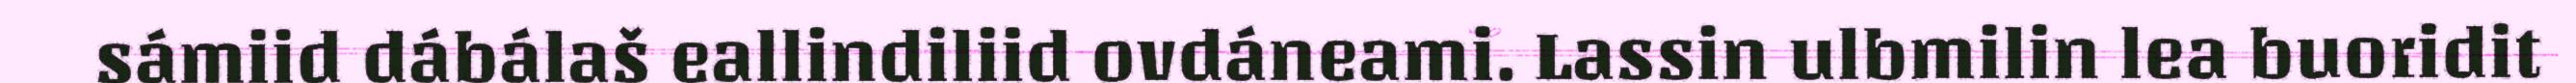
sámiid dábálaš eallindiliid ovdáneami. Lassin ulbmilin lea buoridit